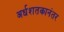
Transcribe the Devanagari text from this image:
अर्धशतकानंतर